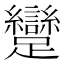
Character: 𮜭